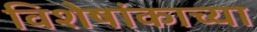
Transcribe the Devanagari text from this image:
विशेषांकाच्या